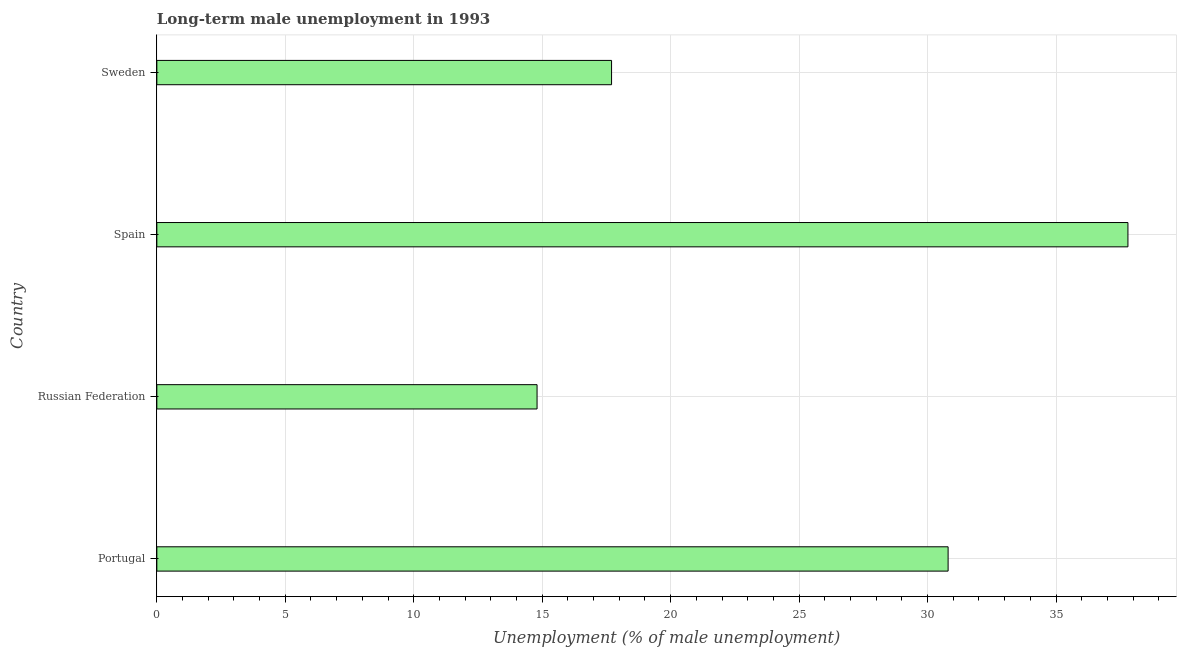
| Country | Long-term unemployment male |
 | --- | --- |
 | Portugal | 30.8 |
 | Russian Federation | 14.8 |
 | Spain | 37.8 |
 | Sweden | 17.7 |